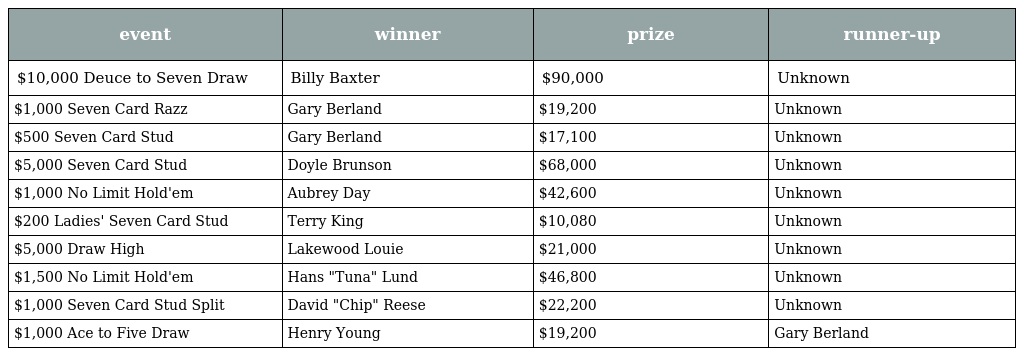
| event | winner | prize | runner-up |
 | --- | --- | --- | --- |
 | $10,000 Deuce to Seven Draw | Billy Baxter | $90,000 | Unknown |
 | $1,000 Seven Card Razz | Gary Berland | $19,200 | Unknown |
 | $500 Seven Card Stud | Gary Berland | $17,100 | Unknown |
 | $5,000 Seven Card Stud | Doyle Brunson | $68,000 | Unknown |
 | $1,000 No Limit Hold'em | Aubrey Day | $42,600 | Unknown |
 | $200 Ladies' Seven Card Stud | Terry King | $10,080 | Unknown |
 | $5,000 Draw High | Lakewood Louie | $21,000 | Unknown |
 | $1,500 No Limit Hold'em | Hans "Tuna" Lund | $46,800 | Unknown |
 | $1,000 Seven Card Stud Split | David "Chip" Reese | $22,200 | Unknown |
 | $1,000 Ace to Five Draw | Henry Young | $19,200 | Gary Berland |